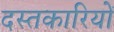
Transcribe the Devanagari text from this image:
दस्तकारियों